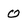
Character: 0